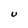
Character: U